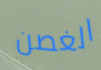
الغصن